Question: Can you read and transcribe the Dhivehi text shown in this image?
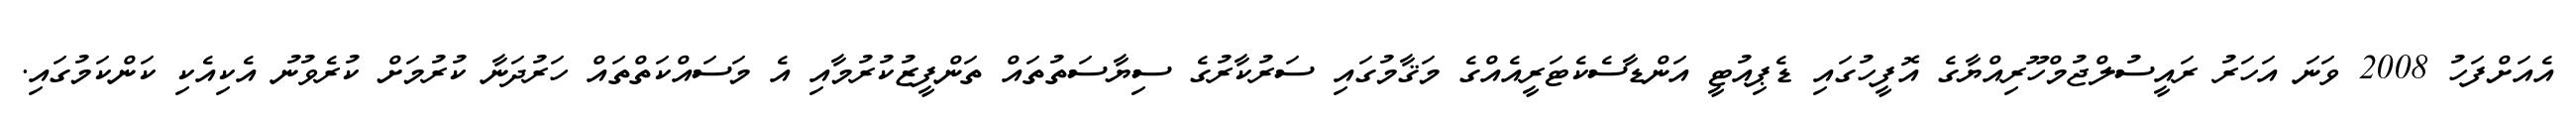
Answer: އެއަށްފަހު 2008 ވަނަ އަހަރު ރައީސުލްޖުމްހޫރިއްޔާގެ އޮފީހުގައި ޑެޕިއުޓީ އަންޑާސެކެޓަރީއެއްގެ މަޤާމުގައި ސަރުކާރުގެ ސިޔާސަތުތައް ތަންފީޒުކުރުމާއި އެ މަސައްކަތްތައް ހަރުދަނާ ކުރުމަށް ކުރެވުނު އެކިއެކި ކަންކަމުގައި.